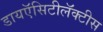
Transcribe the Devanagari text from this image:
डायऍसिटीलॅक्‍टीस